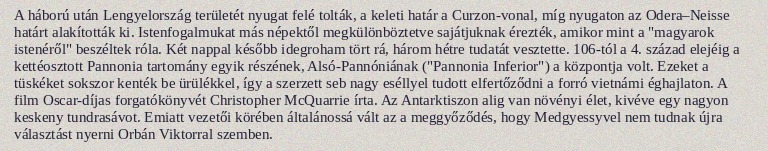
A háború után Lengyelország területét nyugat felé tolták, a keleti határ a Curzon-vonal, míg nyugaton az Odera–Neisse határt alakították ki. Istenfogalmukat más népektől megkülönböztetve sajátjuknak érezték, amikor mint a "magyarok istenéről" beszéltek róla. Két nappal később idegroham tört rá, három hétre tudatát vesztette. 106-tól a 4. század elejéig a kettéosztott Pannonia tartomány egyik részének, Alsó-Pannóniának ("Pannonia Inferior") a központja volt. Ezeket a tüskéket sokszor kenték be ürülékkel, így a szerzett seb nagy eséllyel tudott elfertőződni a forró vietnámi éghajlaton. A film Oscar-díjas forgatókönyvét Christopher McQuarrie írta. Az Antarktiszon alig van növényi élet, kivéve egy nagyon keskeny tundrasávot. Emiatt vezetői körében általánossá vált az a meggyőződés, hogy Medgyessyvel nem tudnak újra választást nyerni Orbán Viktorral szemben.